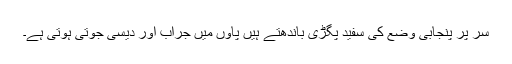
سر پر پنجابی وضع کی سفید پگڑی باندھتے ہیں پاؤں میں جراب اور دیسی جوتی ہوتی ہے۔